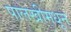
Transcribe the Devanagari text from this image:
पालखीमधून